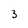
Character: 3